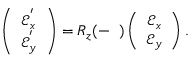
\begin{array} { r } { \left( \begin{array} { c } { \mathcal { E } _ { x } ^ { ' } } \\ { \mathcal { E } _ { y } ^ { ' } } \end{array} \right) = R _ { z } ( - { \it \Delta \Psi } ) \left( \begin{array} { c } { \mathcal { E } _ { x } } \\ { \mathcal { E } _ { y } } \end{array} \right) . } \end{array}